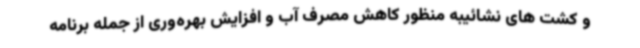
و کشت های نشائیبه منظور کاهش مصرف آب و افزایش بهره‌وری از جمله برنامه